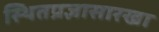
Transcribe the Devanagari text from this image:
स्थितप्रज्ञासारखा